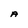
Character: A